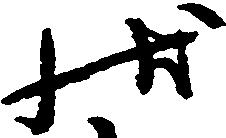
状